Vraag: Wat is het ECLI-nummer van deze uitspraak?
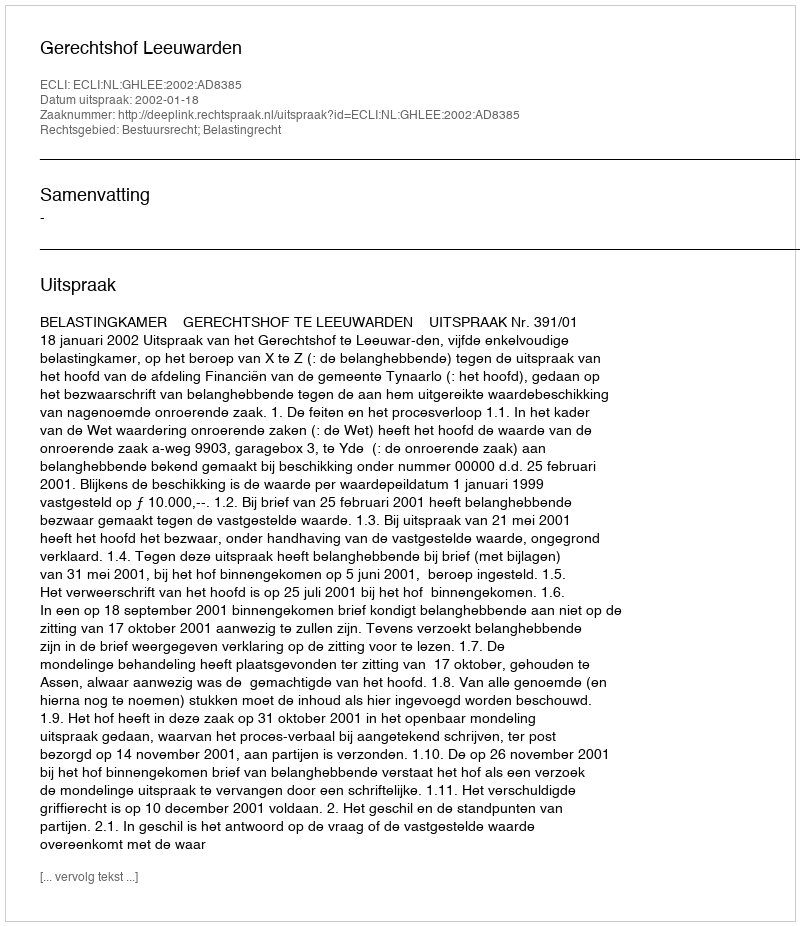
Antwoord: ECLI:NL:GHLEE:2002:AD8385